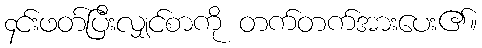
၄င်းဖတ်ပြီးလျှင်စာကို တက်တက်အားပေး၏။